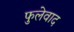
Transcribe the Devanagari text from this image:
फुलेवाद